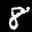
Label: 8